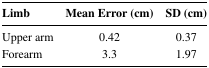
<table><thead><tr><td><b>Limb</b></td><td><b>Mean Error (cm)</b></td><td><b>SD (cm)</b></td></tr></thead><tbody><tr><td>Upper arm</td><td>0.42</td><td>0.37</td></tr><tr><td>Forearm</td><td>3.3</td><td>1.97</td></tr></tbody></table>